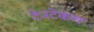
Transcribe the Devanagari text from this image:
टेनटेकल